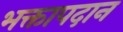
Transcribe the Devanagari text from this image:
भक्तापदान